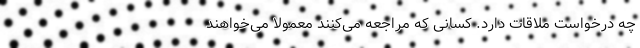
چه درخواست ملاقات دارد. کسانی که مراجعه می‌کنند معمولاً می‌خواهند